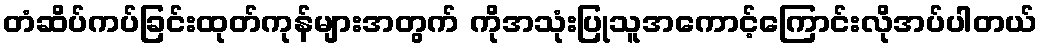
တံဆိပ်ကပ်ခြင်းထုတ်ကုန်များအတွက် ကိုအသုံးပြုသူအကောင့်ကြောင်းလိုအပ်ပါတယ်